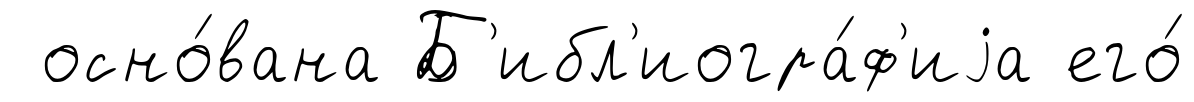
осно́вана Б'ибл'иогра́ф'иjа его́